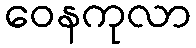
ဝေနကုလာ